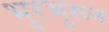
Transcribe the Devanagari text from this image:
भुरभुरून